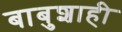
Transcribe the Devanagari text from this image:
बाबुशाही